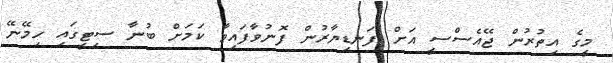
މީގެ އިތުރުން ޖޭއެސްސީ އަށް ފަނޑިޔާރުން ފޮނުވާފައިވާ ކަމަށް ބުނާ ސިޓީގައި ހިމޭނޭ